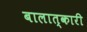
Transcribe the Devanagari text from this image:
बालात्कारी